Senior Leaving Certificate Examination (including Day School Certificate (Higher) General paper), 1949
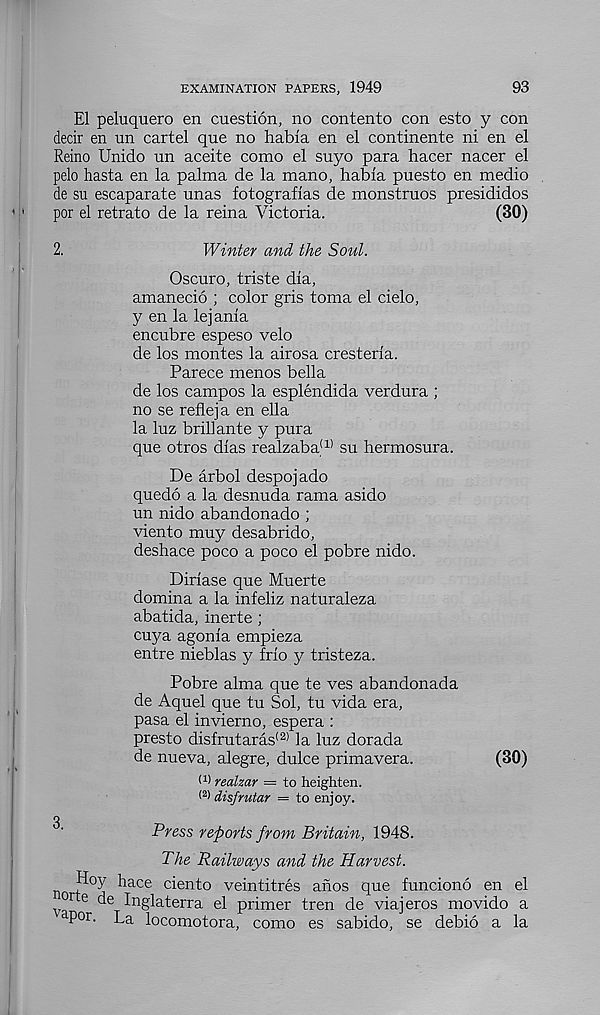
EXAMINATION PAPERS, 1949
93
El peluquero en cuestion, no contento con esto y con
decir en un cartel que no habla en el continente ni en el
Reino Unido un aceite como el suyo para hacer nacer el
pelo hasta en la palma de la mano, habla puesto en medio
de su escaparate unas fotograflas de monstruos presididos
por el retrato de la reina Victoria.
(30)
2.
Winter and the Soul.
Oscuro, triste dia,
amanecio ; color gris toma el cielo,
y en la lejania
encubre espeso velo
de los monies la airosa cresteria.
Parece menos bella
de los campos la esplendida verdura ;
no se refleja en ella
la luz brill ante y pura
que otros dias realzaba (1) su hermosura.
De arbol despojado
quedo a la desnuda rama asido
un nido abandonado ;
viento muy desabrido,
deshace poco a poco el pobre nido.
Diriase que Muerte
domina a la infeliz naturaleza
abatida, inerte ;
cuya agonia empieza
entre nieblas y frio y tristeza.
Pobre alma que te ves abandonada
de Aquel que tu Sol, tu vida era,
pasa el invierno, espera :
presto disfrutaras (2) la luz dorada
de nueva, alegre, dulce primavera.
(30)
(1 > realzar — to heighten.
(2 > disfrutar = to enjoy.
g
Press reports from Britain, 1948.
The Railways and the Harvest.
Hoy Race ciento veintitres anos que funciono en el
^o r e de Inglaterra el primer tren de viajeros movido a
a Por. La locomotora, como es sabido, se debio a la